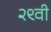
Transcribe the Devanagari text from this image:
२९वी